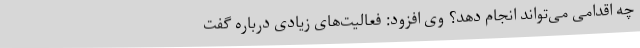
چه اقدامی می‌تواند انجام دهد؟ وی افزود: فعالیت‌های زیادی درباره گفت